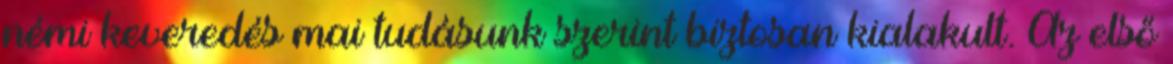
némi keveredés mai tudásunk szerint biztosan kialakult. Az első